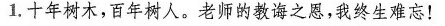
1.十年树木，百年树人。老师的教诲之恩，我终生难忘！